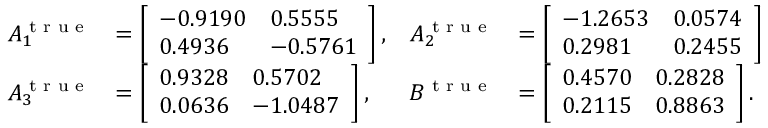
\begin{array} { r l r l } { A _ { 1 } ^ { \textrm { t r u e } } } & { = \left[ \begin{array} { l l } { - 0 . 9 1 9 0 } & { 0 . 5 5 5 5 } \\ { 0 . 4 9 3 6 } & { - 0 . 5 7 6 1 } \end{array} \right] , } & { A _ { 2 } ^ { \textrm { t r u e } } } & { = \left[ \begin{array} { l l } { - 1 . 2 6 5 3 } & { 0 . 0 5 7 4 } \\ { 0 . 2 9 8 1 } & { 0 . 2 4 5 5 } \end{array} \right] } \\ { A _ { 3 } ^ { \textrm { t r u e } } } & { = \left[ \begin{array} { l l } { 0 . 9 3 2 8 } & { 0 . 5 7 0 2 } \\ { 0 . 0 6 3 6 } & { - 1 . 0 4 8 7 } \end{array} \right] , } & { B ^ { \textrm { t r u e } } } & { = \left[ \begin{array} { l l } { 0 . 4 5 7 0 } & { 0 . 2 8 2 8 } \\ { 0 . 2 1 1 5 } & { 0 . 8 8 6 3 } \end{array} \right] . } \end{array}